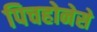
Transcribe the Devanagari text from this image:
पिचहोनेसे